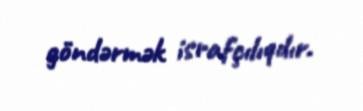
göndərmək israfçılıqdır.